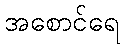
အစောင်ရေ